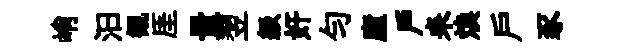
峭汩観厓量翌級奸勻廬戸耒焕戶豕